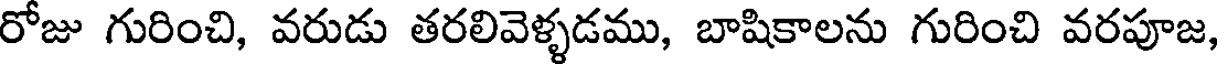
రోజు గురించి, వరుడు తరలివెళ్ళడము, బాషికాలను గురించి వరపూజ,